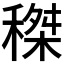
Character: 𥠹